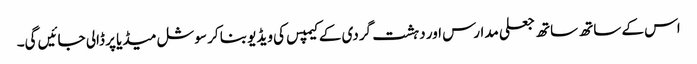
اس کے ساتھ ساتھ جعلی مدارس اور دہشت گردی کے کیمپس کی ویڈیو بنا کر سوشل میڈیا پر ڈالی جائیں گی۔